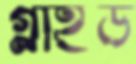
গ্লাইড